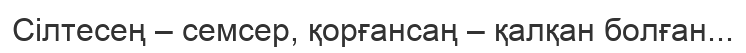
Cілтесең – семсер, қорғансаң – қалқан болған...